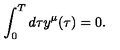
\int _ { 0 } ^ { T } d \tau y ^ { \mu } ( \tau ) = 0 .